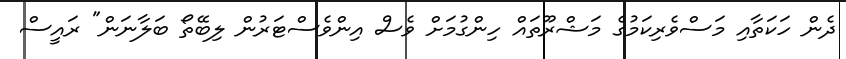
ދެން ހަކަތާއި މަސްވެރިކަމުގެ މަޝްރޫތައް ހިންގުމަށް ވެސް އިންވެސްޓަރުން ލިބޭތޯ ބަލާނަން" ރައީސް